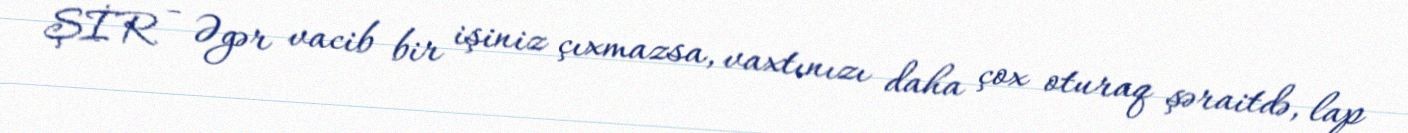
ŞİR - Əgər vacib bir işiniz çıxmazsa, vaxtınızı daha çox oturaq şəraitdə, lap